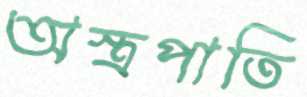
অস্ত্রপাতি